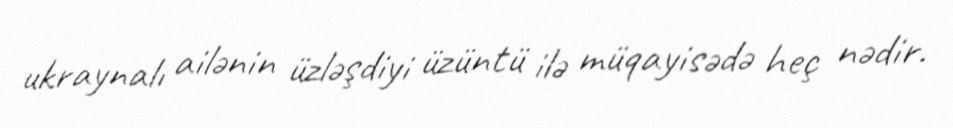
ukraynalı ailənin üzləşdiyi üzüntü ilə müqayisədə heç nədir.